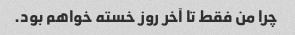
چرا من فقط تا آخر روز خسته خواهم بود.